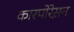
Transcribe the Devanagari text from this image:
कारपोरेस़न